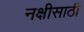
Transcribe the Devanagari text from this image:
नक्षीसाठी